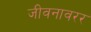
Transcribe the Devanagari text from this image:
जीवनावरर